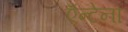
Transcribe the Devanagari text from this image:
ऍन्टेना